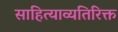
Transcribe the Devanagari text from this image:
साहित्याव्यतिरिक्त